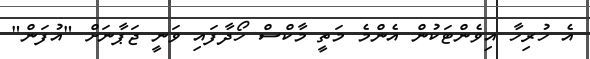
އެ ހުރިހާ އިވެންޓަކުން އެންމެ މަތީ މާކްސް ހޯދާފައި ވަނީ ޖަޕާނަށް "އުފަން"